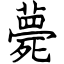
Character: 薨